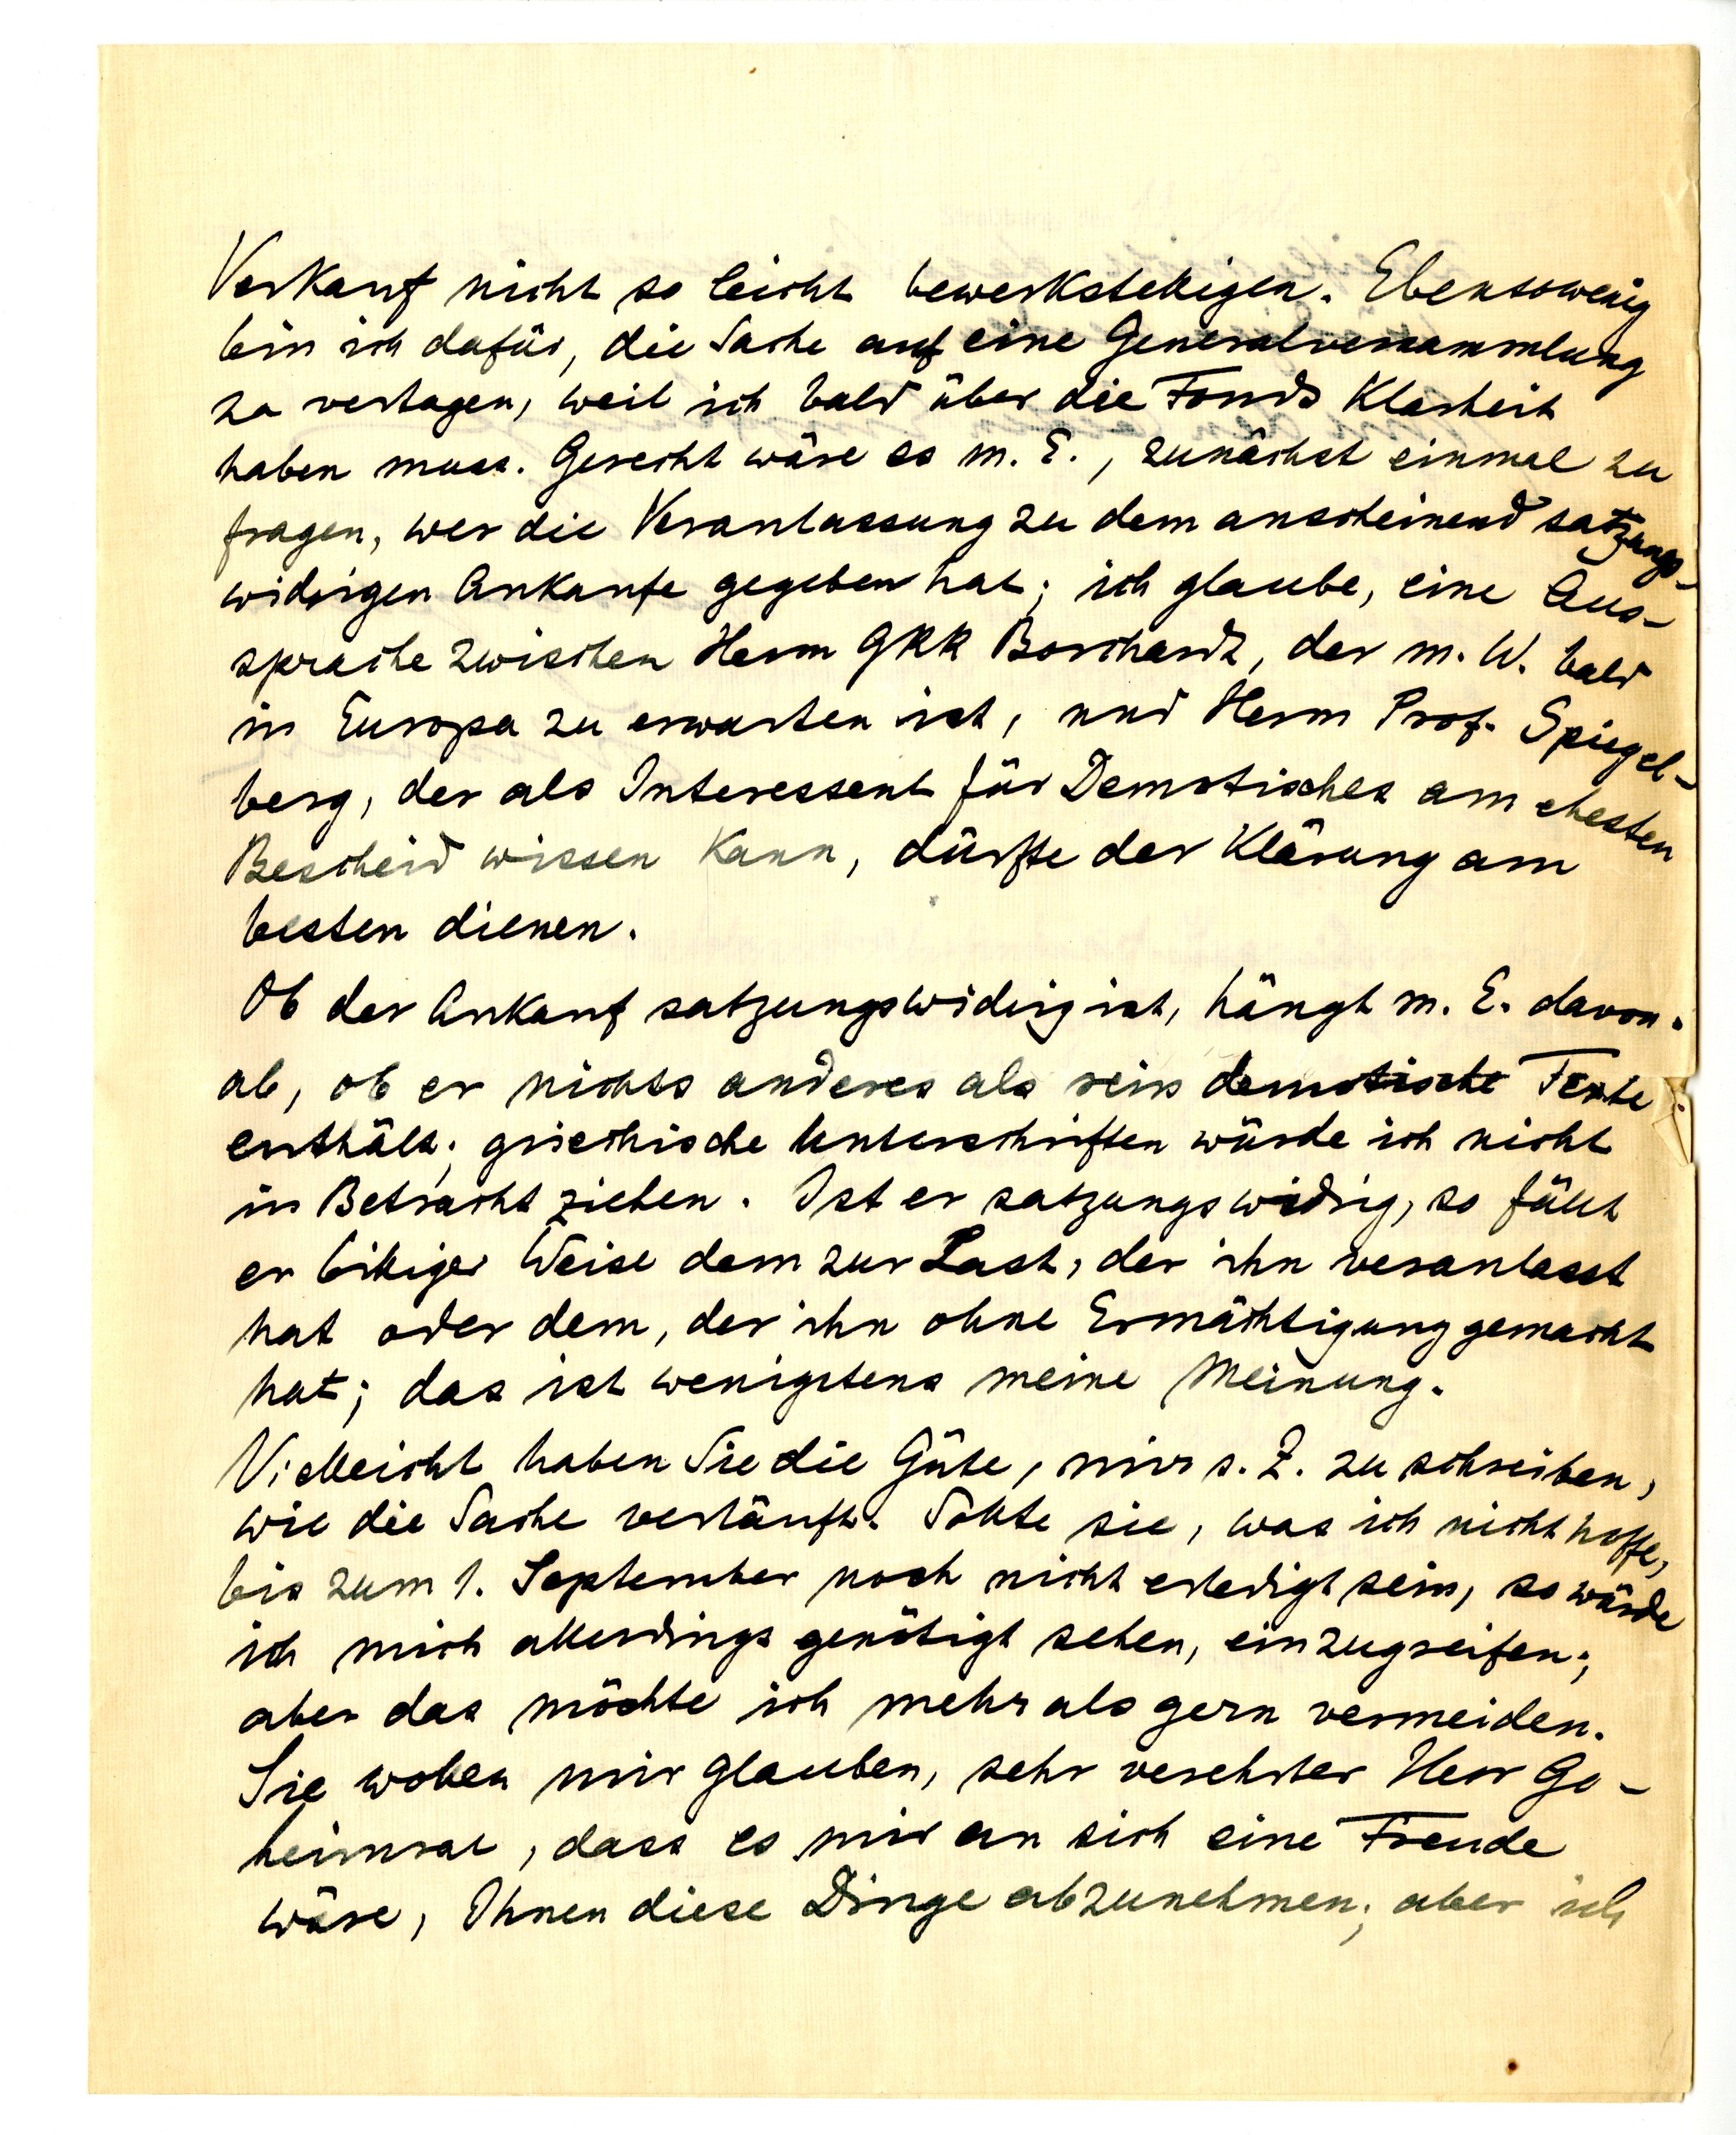
Verkauf nicht so leicht bewerkstelligen. Ebensowenig
bin ich dafür, die Sache auf eine Generalversammlung
zu vertragen, weil ich bald über die Fonds Klarheit
haben muss. Gerecht wäre es m. E., zunächst einmal zu
fragen, wer die Veranlassung zu dem anscheinden satzungs¬
widrigen Ankauf gegeben hat; ich glaube, eine Aus¬
sprache zwischen Herrn GRR Borchardt, der m. W. bald
in Europa zu erwarten ist, und Herrn Prof. Spiegel¬
berg, der als Interessent für Demotisches am ehesten
Bescheid wissen kann, dürfte der Klärung am
besten dienen.
Ob der Ankauf satzungswidrig ist, hängt m. E. davon
ab, ob er nichts anderes als reine demotischen Texte
enthält; griechische Unterschriften würde ich nicht
in Betracht ziehen. Ist er satzungswidrig, so fällt
er billiger Weise dem zu Last, der ihn veranlasst
hat oder dem, der ihn ohne Ermächtigung gemacht
hat; das ist wenigstens meine Meinung.
Vielleicht haben Sie die Güte, mir z.Z. zu schreiben,
wie die Sache verläuft. Sollte sie, was ich nicht hoffe,
bis zum 1. September noch nicht erledigt sein, so würde
ich mich allerdings genötigt sehen, einzugreifen;
aber das möchte ich mehr als gern vermeiden.
Sie wollen mir glauben, sehr verehrter Herr Ge¬
heimrat, dass es mir an sich eine Freude
wäre, Ihnen diese Dinge abzunehmen; aber ich